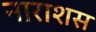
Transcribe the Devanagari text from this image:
नाराशस